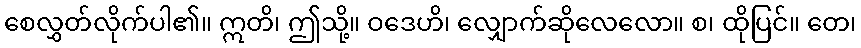
စေလွှတ်လိုက်ပါ၏။ ဣတိ၊ ဤသို့။ ဝဒေဟိ၊ လျှောက်ဆိုလေလော။ စ၊ ထိုပြင်။ တေ၊